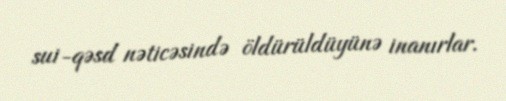
sui-qəsd nəticəsində öldürüldüyünə inanırlar.